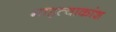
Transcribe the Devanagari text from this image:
माहत्वाकांश